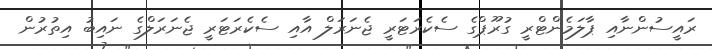
ރައީސުންނާއި ޕާލަމެންޓްރީ ގުރޫޕްގެ ސެކެރަޓަރީ ޖެނަރަލް އާއި ސެކެރަޓަރީ ޖެނަރަލްގެ ނައިބު އިތުރުން